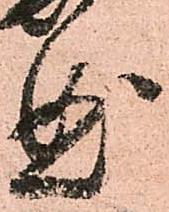
曲